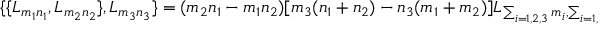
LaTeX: \begin{array} { l c r } { { \{ \{ L _ { m _ { 1 } n _ { 1 } } , L _ { m _ { 2 } n _ { 2 } } \} , L _ { m _ { 3 } n _ { 3 } } \} = ( m _ { 2 } n _ { 1 } - m _ { 1 } n _ { 2 } ) [ m _ { 3 } ( n _ { 1 } + n _ { 2 } ) - n _ { 3 } ( m _ { 1 } + m _ { 2 } ) ] L _ { \sum _ { i = 1 , 2 , 3 } m _ { i } , \sum _ { i = 1 , 2 , 3 } n _ { i } } , } } \end{array}